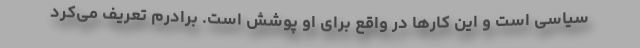
سیاسی است و این کارها در واقع برای او پوشش است. برادرم تعریف می‌کرد